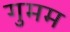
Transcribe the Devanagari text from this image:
गुमम